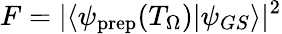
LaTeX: F=|\langle\psi_{\mathrm{prep}}(T_{\Omega})|\psi_{GS}\rangle|^{2}